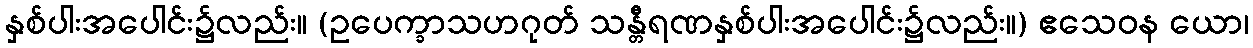
နှစ်ပါးအပေါင်း၌လည်း။ (ဥပေက္ခာသဟဂုတ် သန္တီရဏနှစ်ပါးအပေါင်း၌လည်း။) ဧသေဝန ယော၊